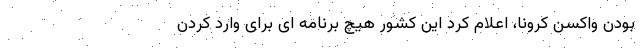
بودن واکسن کرونا، اعلام کرد این کشور هیچ برنامه ای برای وارد کردن